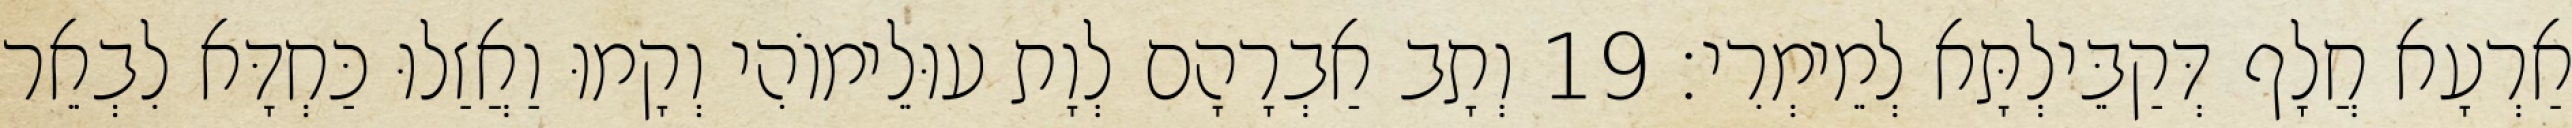
אַרְעָא חֲלָף דְּקַבֵּילְתָּא לְמֵימְרִי׃ 19 וְתָב אַבְרָהָם לְוָת עוּלֵימוֹהִי וְקָמוּ וַאֲזַלוּ כַּחְדָּא לִבְאֵר